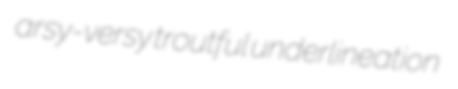
arsy-versy troutful underlineation